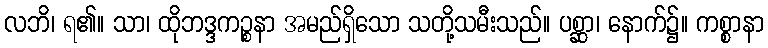
လဘိ၊ ရ၏။ သာ၊ ထိုဘဒ္ဒကဉ္စနာ အမည်ရှိသော သတို့သမီးသည်။ ပစ္ဆာ၊ နောက်၌။ ကစ္စာနာ